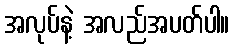
အလုပ်နဲ့ အလည်အပတ်ပါ။